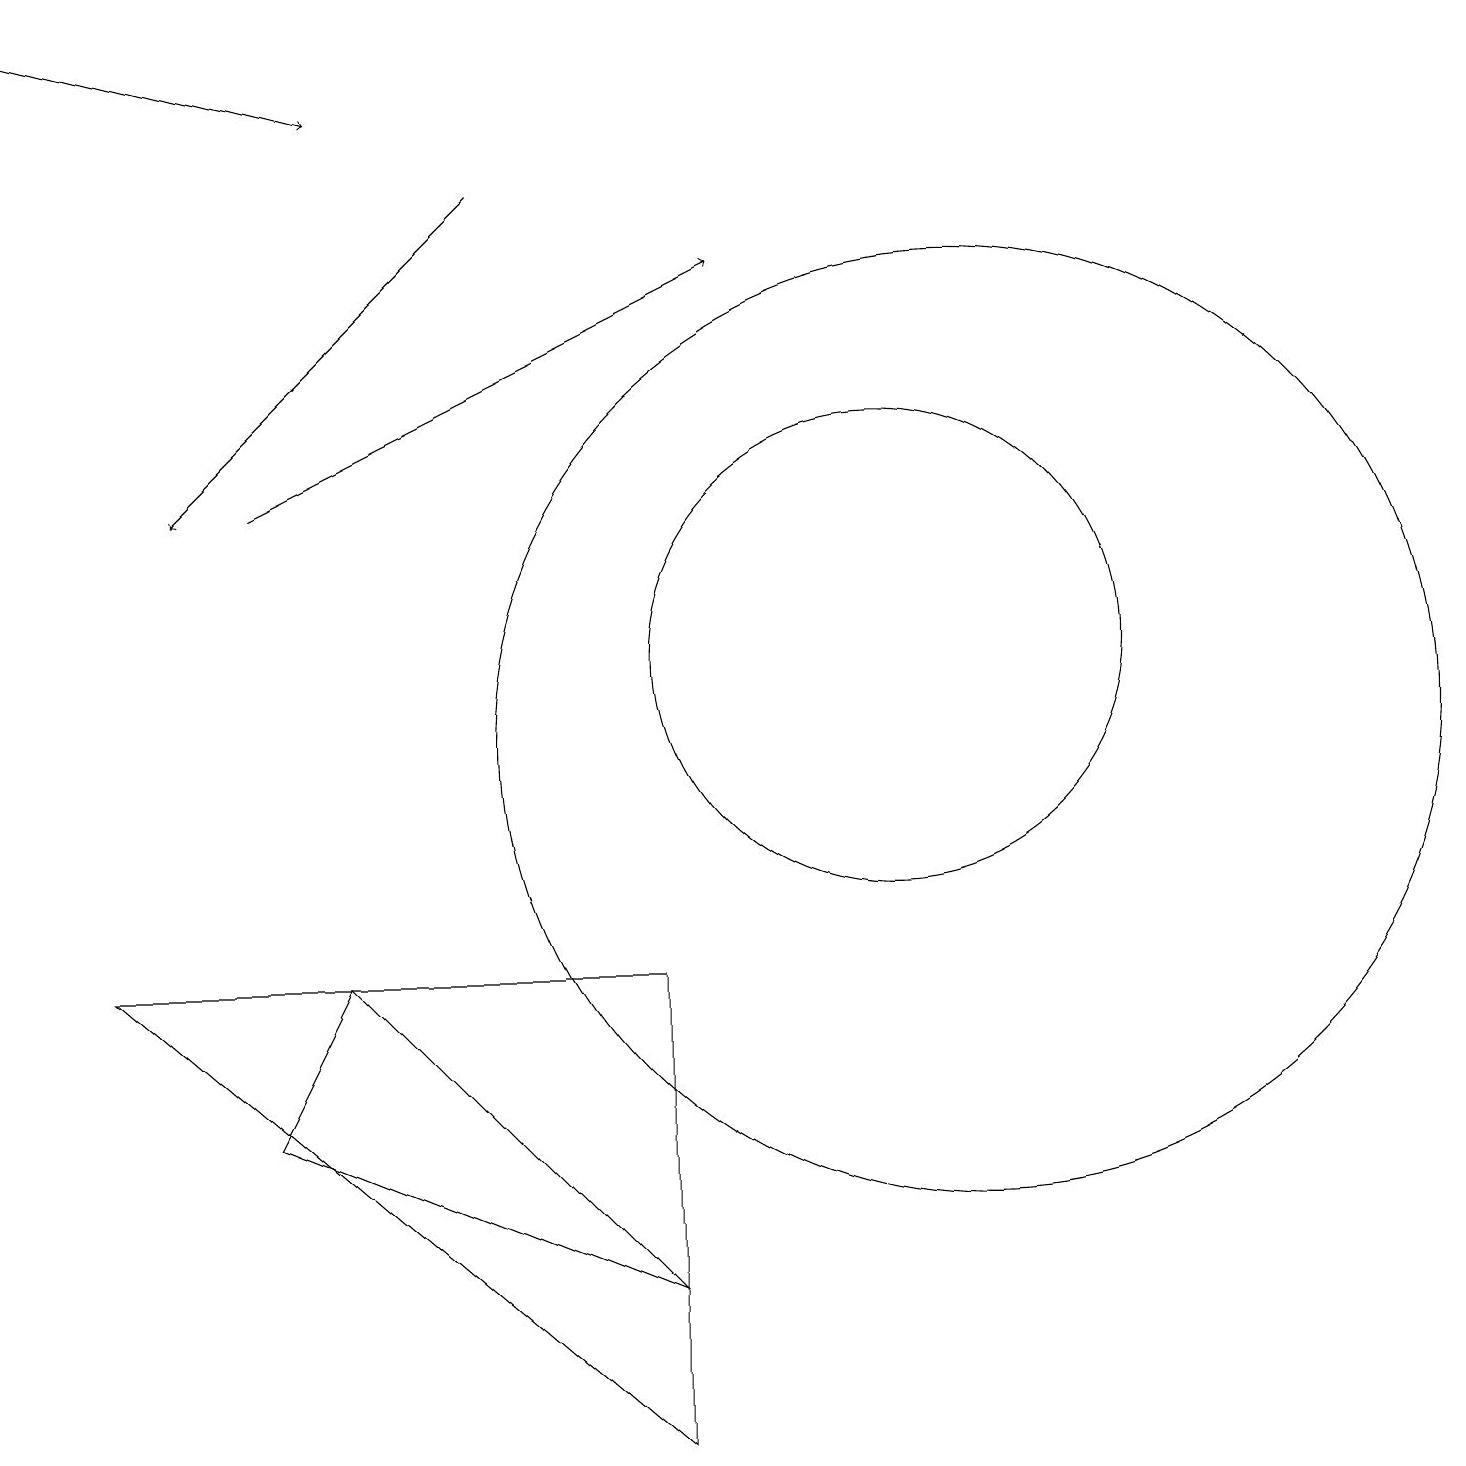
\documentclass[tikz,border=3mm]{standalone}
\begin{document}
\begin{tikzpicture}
\draw (12,10) circle (6);
\draw (11,11) circle (3);
\draw[->] (6,17) -- (2,13);
\draw (3,5) -- (4,7) -- (8,3) -- cycle;
\draw[->] (3,13) -- (9,16);
\draw[->] (0,19) -- (4,18);
\draw (8,7) -- (8,1) -- (1,7) -- cycle;
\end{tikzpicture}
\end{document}